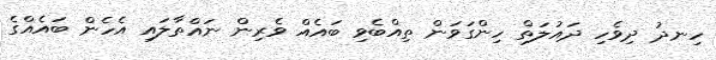
ހިނދު ދިވެހި ދައުލަތް ހިންގަވަން ތިއްބެވި ބައެއް ވެރިން ނައްތާލައި އެހެން ބައެއްގެ